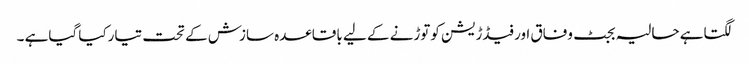
لگتاہے حالیہ بجٹ وفاق اورفیڈڑیشن کوتوڑنے کے لیے باقاعدہ سازش کے تحت تیارکیا گیاہے ۔